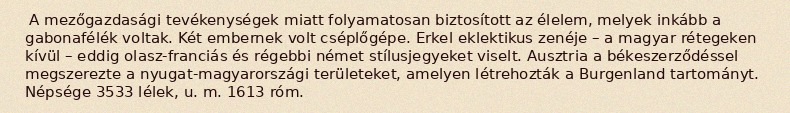
A mezőgazdasági tevékenységek miatt folyamatosan biztosított az élelem, melyek inkább a gabonafélék voltak. Két embernek volt cséplőgépe. Erkel eklektikus zenéje – a magyar rétegeken kívül – eddig olasz-franciás és régebbi német stílusjegyeket viselt. Ausztria a békeszerződéssel megszerezte a nyugat-magyarországi területeket, amelyen létrehozták a Burgenland tartományt. Népsége 3533 lélek, u. m. 1613 róm.